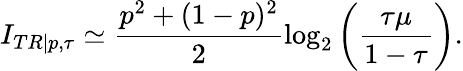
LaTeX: I_{TR|p,\tau}\simeq\frac{p^{2}+(1-p)^{2}}{2}\log_{2}\left(\frac{\tau\mu}{1-\tau}\right).